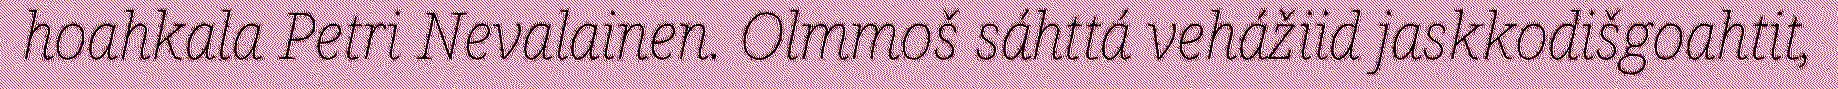
hoahkala Petri Nevalainen. Olmmoš sáhttá vehážiid jaskkodišgoahtit,